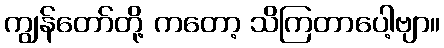
ကျွန်တော်တို့ ကတော့ သိကြတာပေါ့ဗျာ။